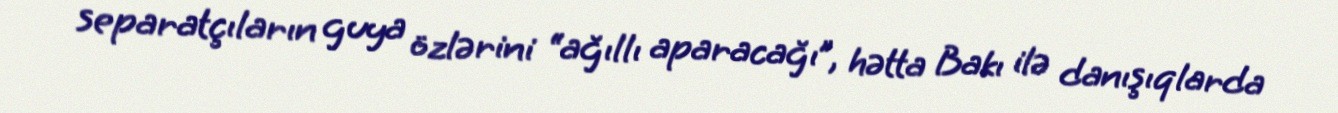
separatçıların guya özlərini “ağıllı aparacağı”, hətta Bakı ilə danışıqlarda